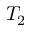
T _ { 2 }